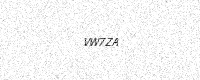
Text: VW7ZA